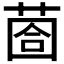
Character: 𦳬